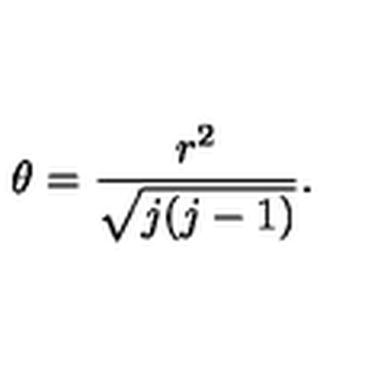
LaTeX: \theta = \frac { r ^ { 2 } } { \sqrt { j ( j - 1 ) } } .